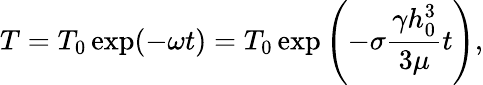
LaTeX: T=T_{0}\exp(-\omega t)=T_{0}\exp\left(-\sigma\frac{\gamma h_{0}^{3}}{3\mu}t\right),